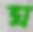
ঘ